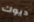
ديوك